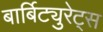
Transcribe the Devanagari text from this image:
बार्बिट्युरेट्स